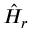
\hat { H } _ { r }